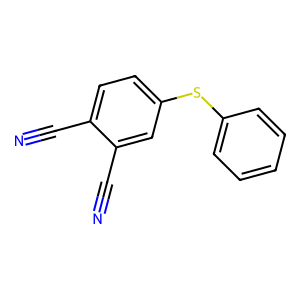
SMILES: N#Cc1ccc(Sc2ccccc2)cc1C#N
Inhibits HIV replication: No